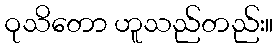
ဝုသိတော ဟူသည်တည်း။